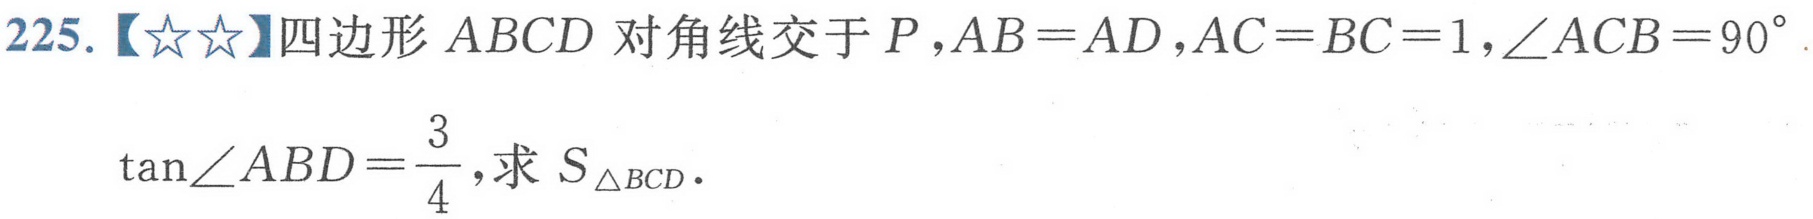
225.【★★】四边形\(ABCD\) 对角线交于\(P\)，\(AB = AD\)，\(AC = BC = 1\)，\(\angle ACB = 90^{\circ}\)，\(\tan\angle ABD=\frac{3}{4}\)，求\(S_{\triangle BCD}\).